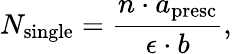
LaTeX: N_{\mathrm{single}}=\frac{n\cdot a_{\mathrm{presc}}}{\epsilon\cdot b},